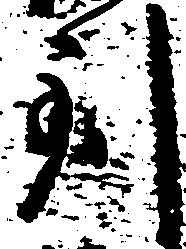
到